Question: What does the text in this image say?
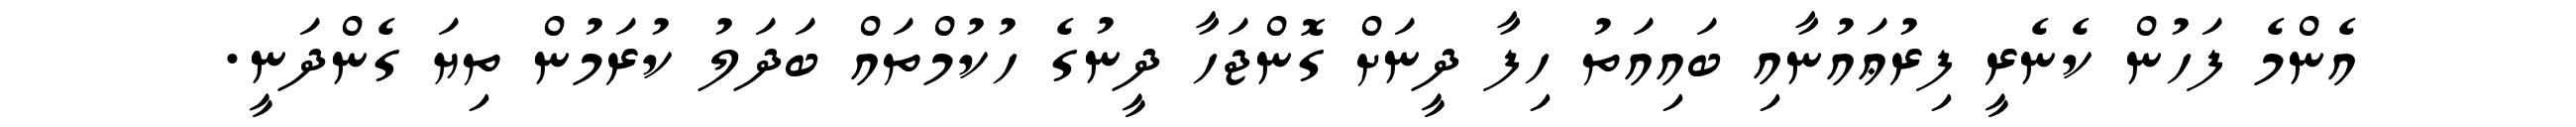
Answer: އެންމެ ފަހުން ކެނެރީ ފިރުޢައުނާއި ބައިއަތު ހިފާ ދީނަށް ގޮންޖަހާ ދީނުގެ ހުކުމްތައް ބަދަލު ކުރަމުން ތިޔަ ގެންދަނީ.